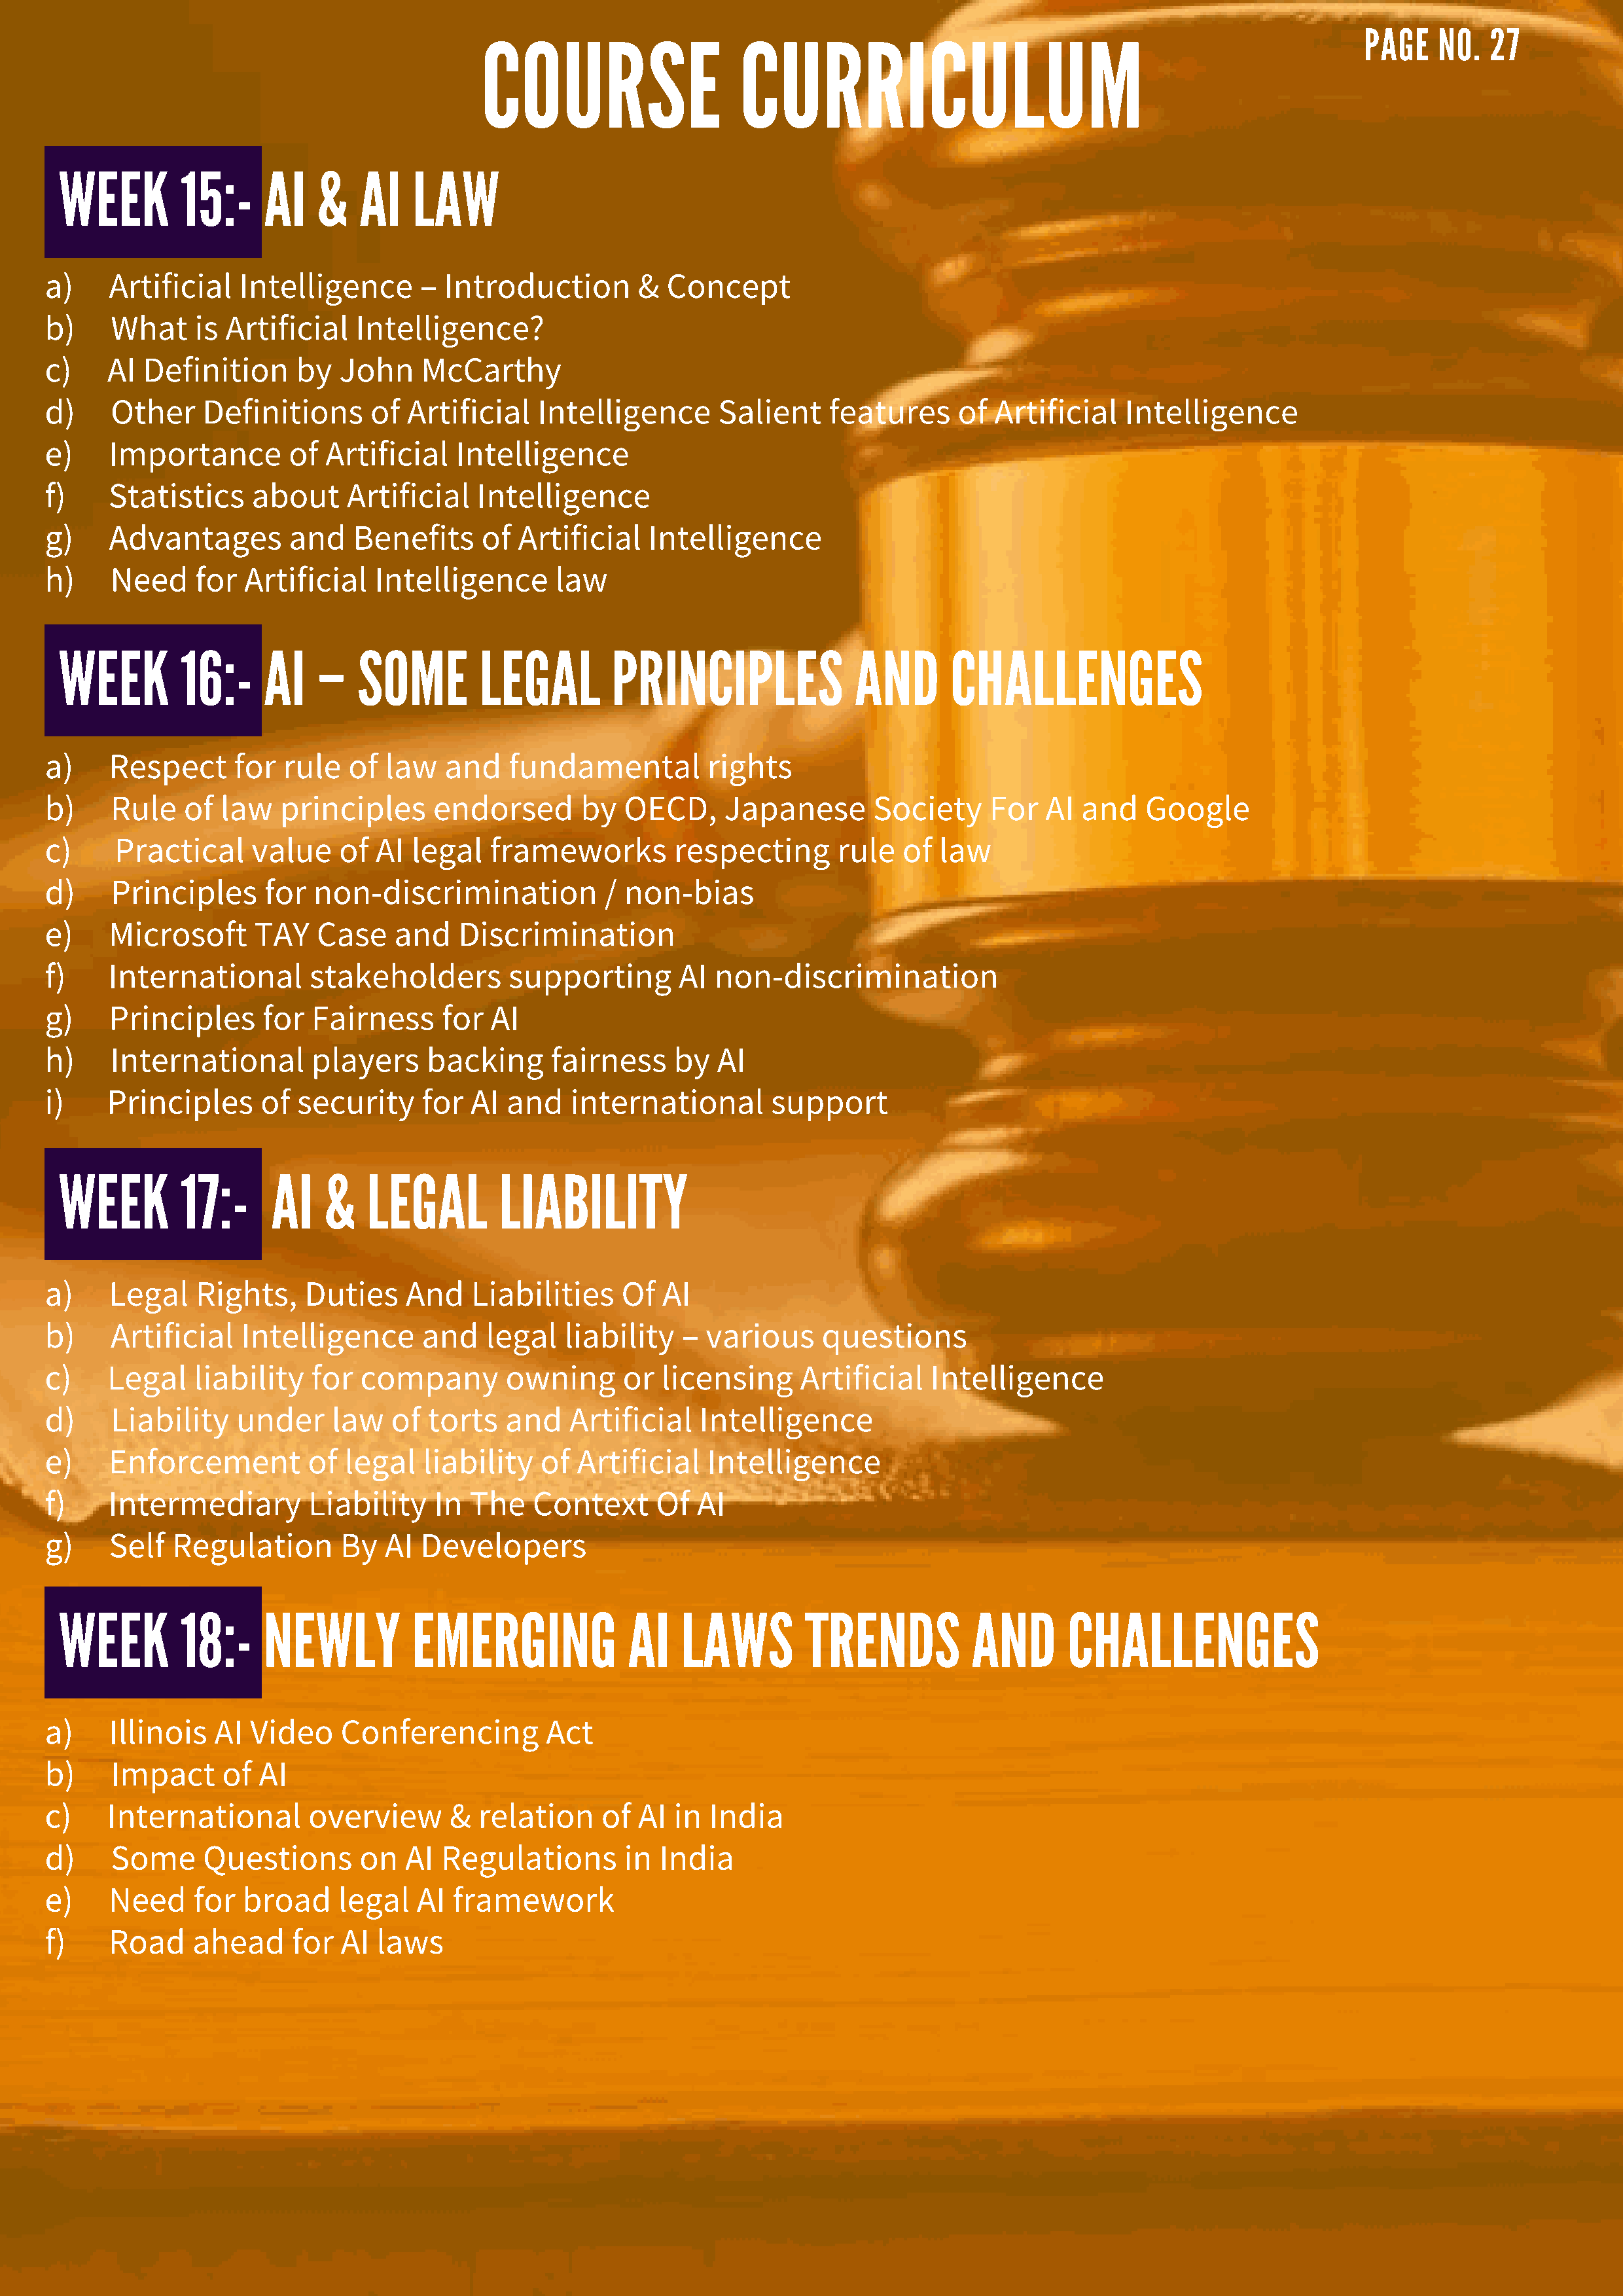
COURSE                    CURRICULUM
 PAGE   NO.   27
 WEEK        15:-     AI   &   AI    LAW
 a)    Artificial   Intelligence      –  Introduction        & Concept
 b)    What     is Artificial   Intelligence?
 c)    AI Definition      by  John     McCarthy
 d)    Other    Definitions      of  Artificial   Intelligence       Salient    features     of  Artificial   Intelligence
 e)    Importance        of  Artificial   Intelligence
 f)    Statistics    about     Artificial   Intelligence
 g)    Advantages        and    Benefits     of Artificial    Intelligence
 h)    Need     for  Artificial   Intelligence      law
 WEEK        16:-     AI   –   SOME        LEGAL         PRINCIPLES              AND       CHALLENGES
 a)    Respect      for  rule  of  law   and   fundamental          rights
 b)    Rule    of law   principles      endorsed       by  OECD,     Japanese       Society     For   AI and    Google
 c)     Practical    value    of  AI  legal   frameworks        respecting       rule  of  law
 d)    Principles      for  non-discrimination           / non-bias
 e)    Microsoft      TAY   Case    and   Discrimination
 f)    International       stakeholders        supporting        AI non-discrimination
 g)    Principles      for  Fairness     for  AI
 h)    International        players    backing      fairness    by   AI
 i)    Principles     of  security     for  AI and    international       support
 WEEK        17:-     AI    &   LEGAL        LIABILITY
 a)    Legal    Rights,    Duties    And    Liabilities    Of  AI
 b)    Artificial   Intelligence       and   legal   liability   – various     questions
 c)    Legal    liability  for  company        owning      or  licensing     Artificial   Intelligence
 d)    Liability    under     law   of torts   and    Artificial   Intelligence
 e)    Enforcement         of  legal   liability   of Artificial    Intelligence
 f)    Intermediary        Liability    In  The   Context     Of  AI
 g)    Self  Regulation       By   AI  Developers
 WEEK        18:-     NEWLY          EMERGING              AI   LAWS        TRENDS           AND       CHALLENGES
 a)    Illinois   AI Video    Conferencing         Act
 b)    Impact     of  AI
 c)    International       overview      &  relation     of  AI in  India
 d)    Some      Questions      on   AI  Regulations       in  India
 e)    Need     for  broad    legal   AI  framework
 f)    Road    ahead      for AI  laws